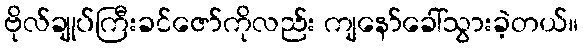
ဗိုလ်ချုပ်ကြီးခင်ဇော်ကိုလည်း ကျနော်ခေါ်သွားခဲ့တယ်။